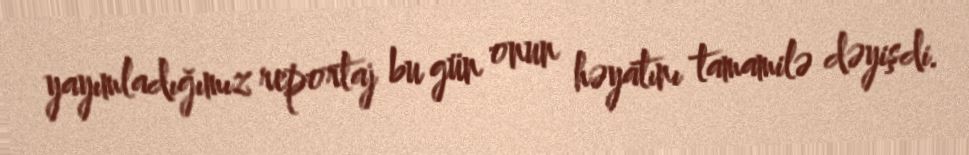
yayımladığımız reportaj bu gün onun həyatını tamamilə dəyişdi.